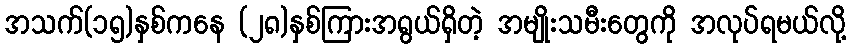
အသက်(၁၅)နှစ်ကနေ (၂၈)နှစ်ကြားအရွယ်ရှိတဲ့ အမျိုးသမီးတွေကို အလုပ်ရမယ်လို့